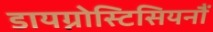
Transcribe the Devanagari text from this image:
डायग्नोस्टिसियनौं